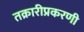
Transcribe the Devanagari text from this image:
तक्रारीप्रकरणी